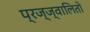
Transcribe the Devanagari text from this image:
प्रज्ज्वालितो